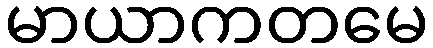
မာယာကတမေ